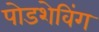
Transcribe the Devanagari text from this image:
पोडशेविंग